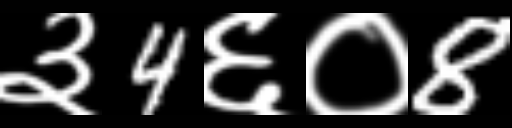
Text: ३4६०8